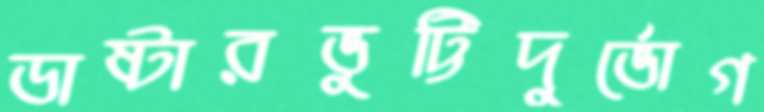
ডাষ্টারভুট্টিদুর্ভোগ